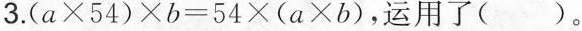
3.$$( a \times 5 4 ) \times b = 5 4 \times ( a \times b )$$，运用了( )。